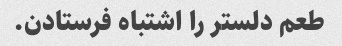
طعم دلستر را اشتباه فرستادن.